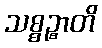
သစ္စဉ္စာတိ